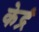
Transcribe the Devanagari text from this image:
केद्रं